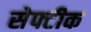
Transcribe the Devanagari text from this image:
सेफ्टीक